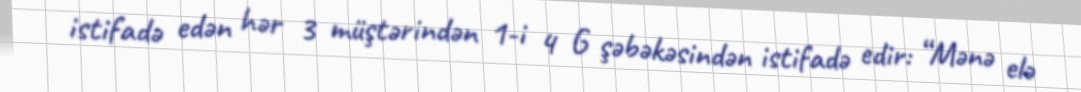
istifadə edən hər 3 müştərindən 1-i 4 G şəbəkəsindən istifadə edir: “Mənə elə